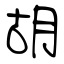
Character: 胡